Senior Leaving Certificate Examination (including Day School Certificate (Higher) General paper), 1946
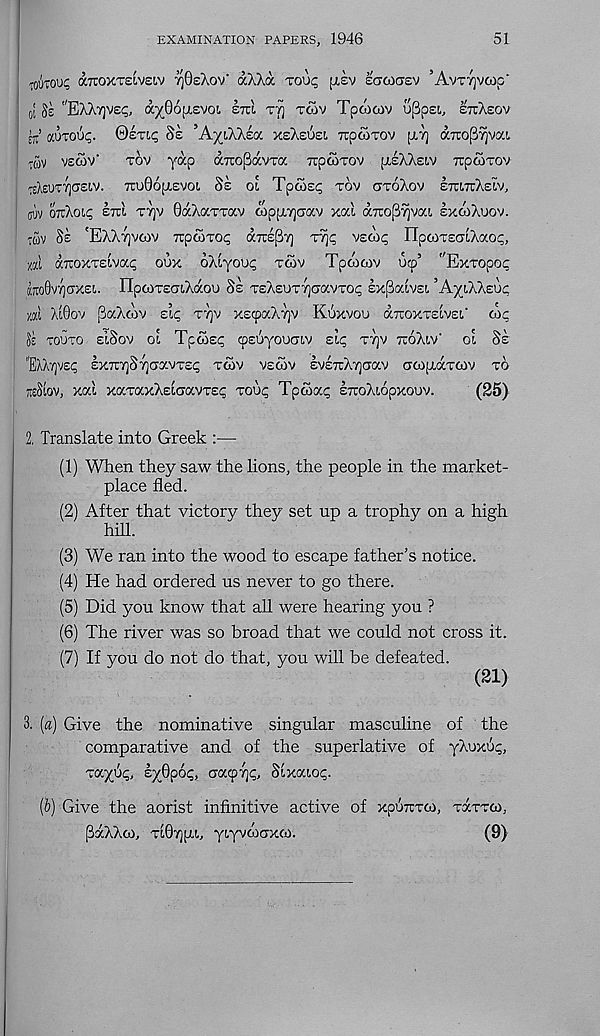
EXAMINATION PAPERS, 1946
51
toutou? airoxTSivsiv tjOsaov' aXXa tou<; [xev scrcocrsv ’Avttjvcoc'
0 I §0 "EXX"/]Vo^, a^OoilEVOL STO
TOJV TpdlCOV U;3pEL, ETtXeOV
ct y.’JEOup. 0£Tip 8z ’A'/i/CAzgc xeXeuel TupWTOV [jLTj a7TO(3yjvctt
vecov'
tov y^P aicoPavTa TipooTov piEXX£i.v rcpooTOV
TeAsu<rv)C7siv. tuoQojievoi Se ol Tpoisp tov cjtoXov etuttXelv,
(juv OTtXoip etci T7)v OaXaTTav wppLTjcrav xal aTro^vai, sxoiXuov.
: ojv Se 'EXXvjvcov TupooTop a Trip-/] t% vsoip npcoTECTiXaop,
xal (xiuoxTEivap oux 6Xiyou<; tcov Tpoocov ucp’ '"Exxopoc
raoSvrjoxEi. npoiT£cn,Xaou Se tsX£UT7)<70cvtoi; Expaivsi ’AyiXXEup
uat XtQov paXoav elc, t')]v xzcpocXrjv Koxvou dTroxTsivsi,' cap
8e TOUTO eISoV OL TpcSsp CpEOyOUCTLV ELp T7)V TTOXlV - OL Se
"EXXTjVSp £X7T7]S TJCTOCVTEp TcSv VECOV EV£7rX7]CTaV aCOpLOCTCOV TO
reStov, xal xaxaxXELGavTEp xoup Tpcoap ETtoXLopxouv.
(25)
2. Translate into Greek :—
(1) When they saw the lions, the people in the market-
place fled.
(2) After that victory they set up a trophy on a high
hill.
(3) We ran into the wood to escape father’s notice.
(4) He had ordered us never to go there.
(5) Did you know that all were hearing you ?
(6) The river was so broad that we could not cross it.
(7) If you do not do that, you will be defeated.
(21)
3. (a) Give the nominative singular masculine of the
comparative and of the superlative of yXuxup,
xct^Sp, syQpop, cracpTjp, Sixocloc.
(5) Give the aorist infinitive active of xpoitTco, TaxTco,
PdcXXco, tl07][j.l, yLyvcoaxco.
(9)